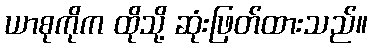
ယာစုကိုက ထိုသို့ ဆုံးဖြတ်ထားသည်။